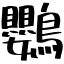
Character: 鸚